65_HS1-834228961_62-HQ-83894_Section_5
Agency: FBI
Page 109
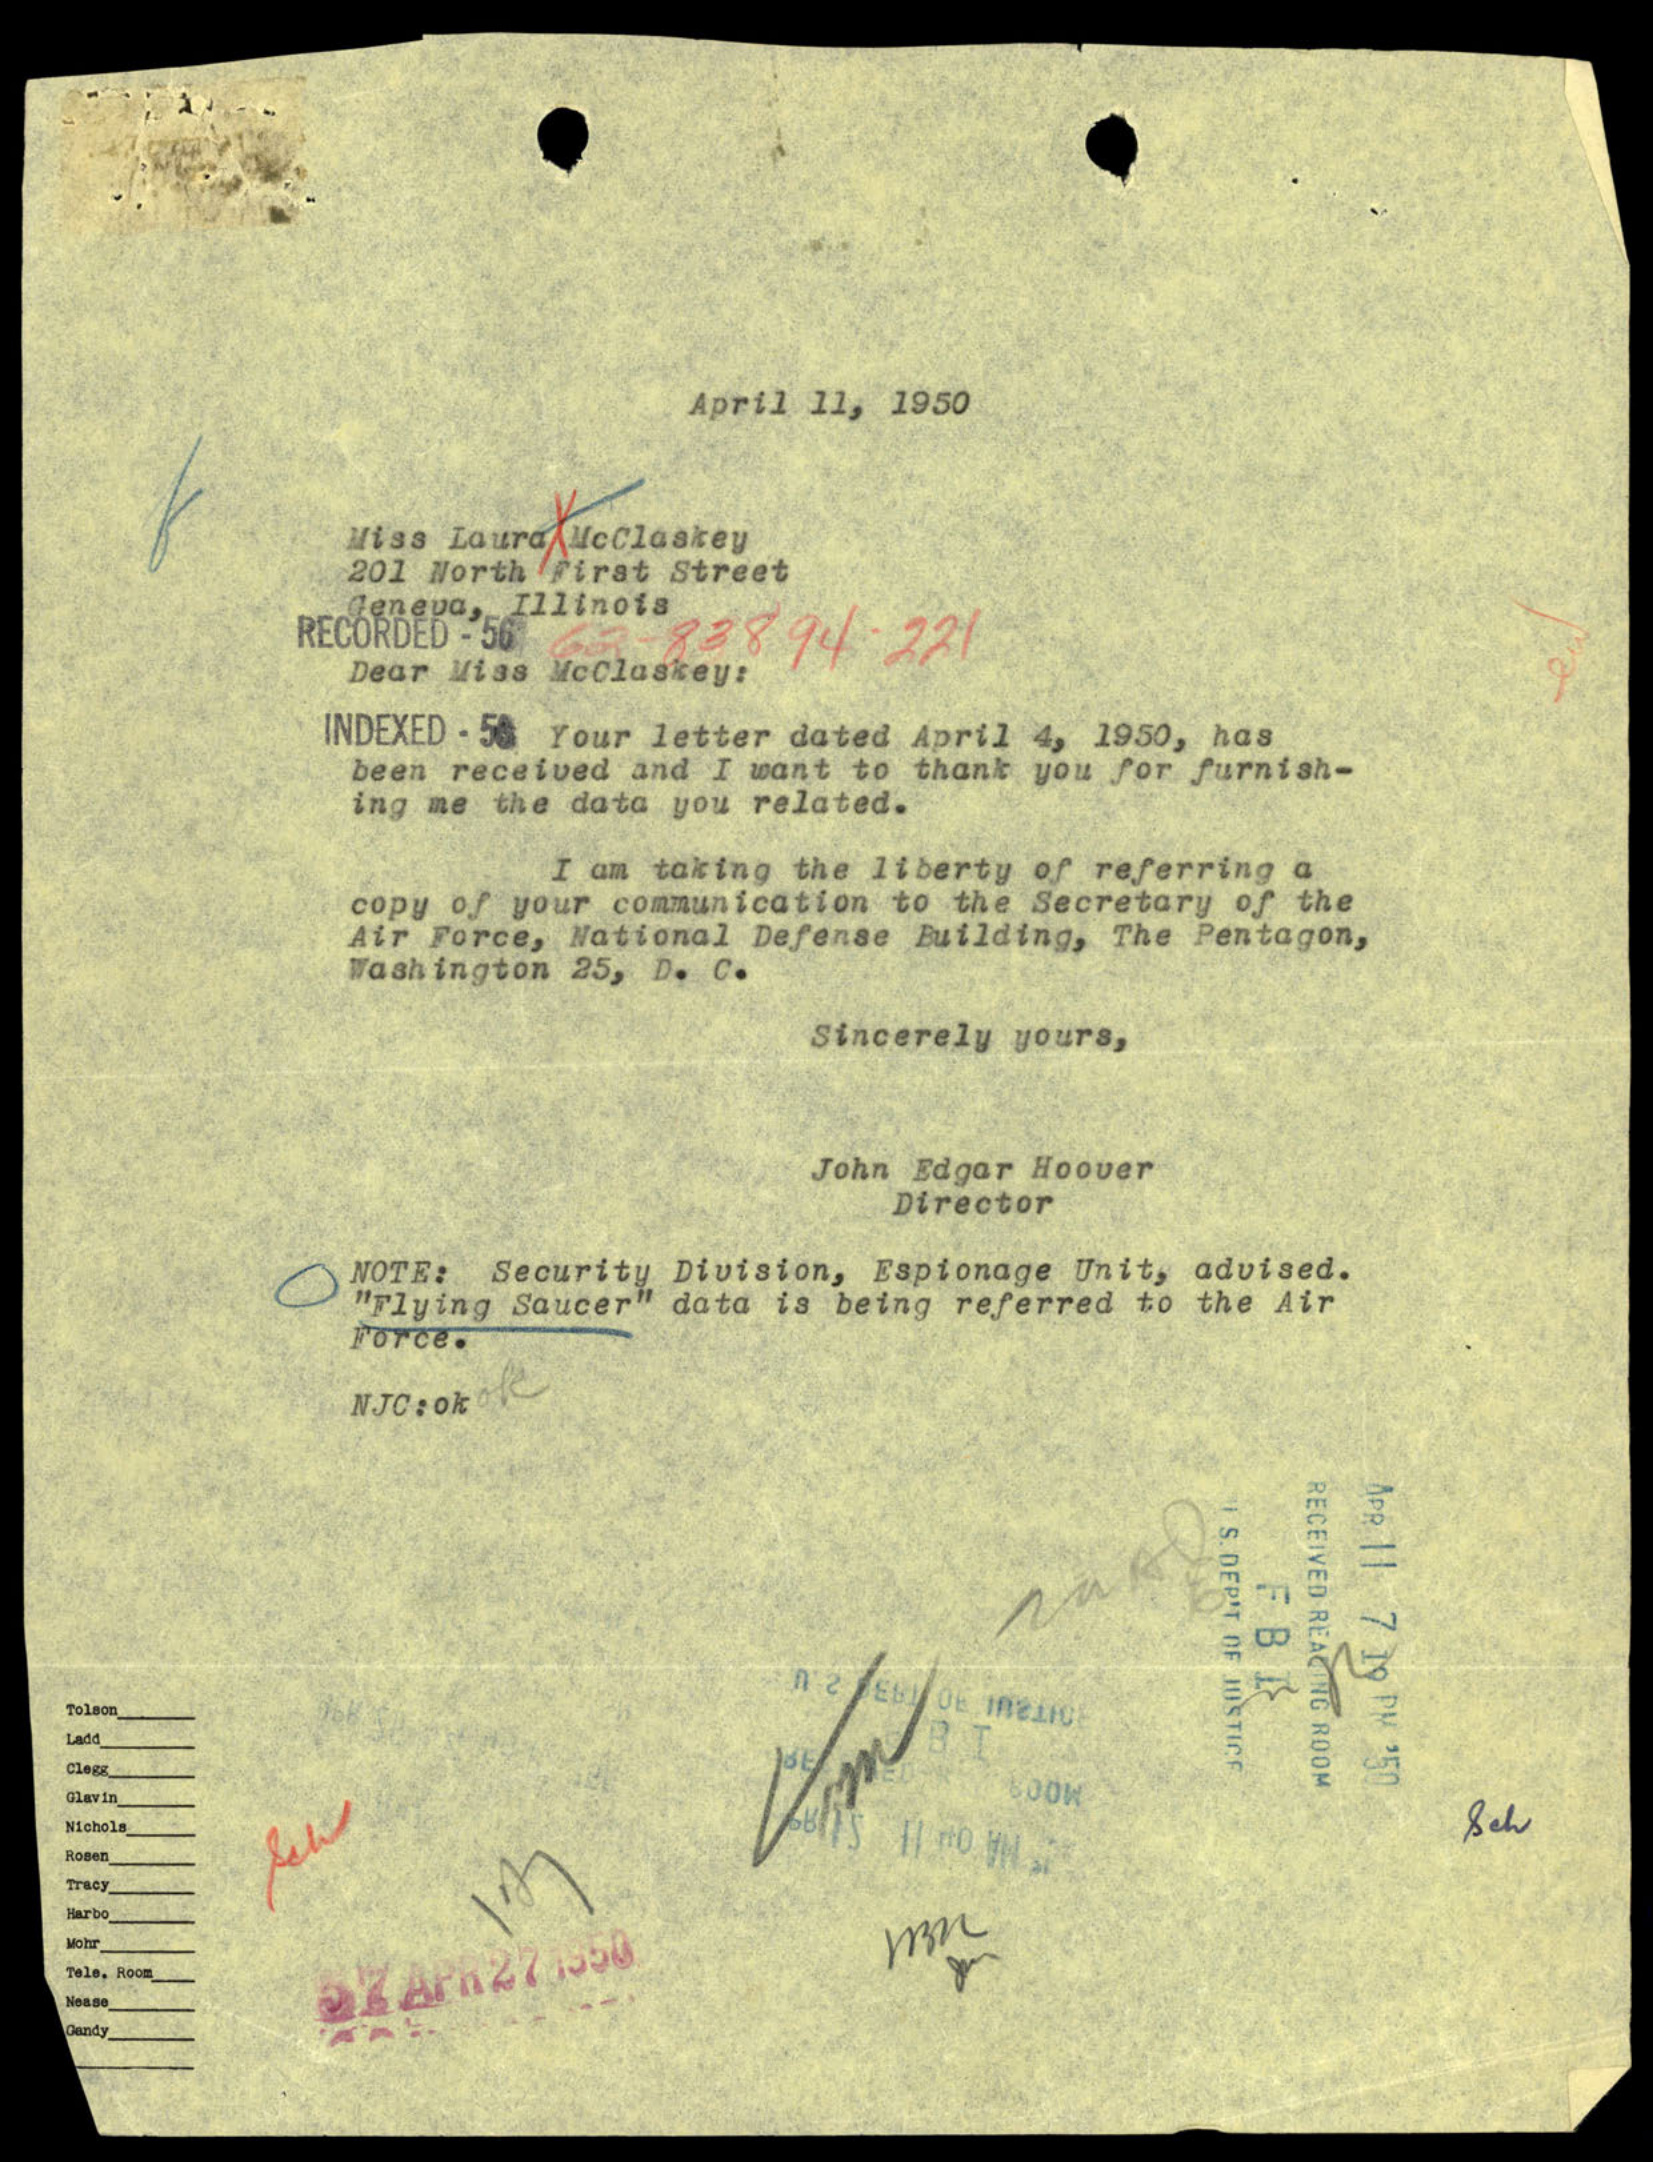